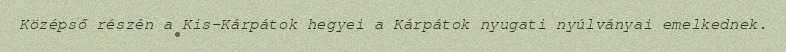
Középső részén a Kis-Kárpátok hegyei a Kárpátok nyugati nyúlványai emelkednek.